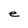
Character: e